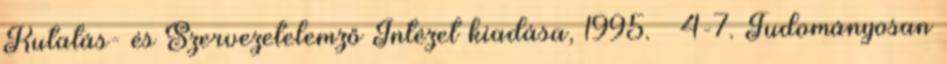
Kutatás- és Szervezetelemző Intézet kiadása, 1995. – 4-7. Tudományosan